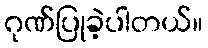
ဂုဏ်ပြုခဲ့ပါတယ်။